Civil Veterinary Department ledger series I-VI
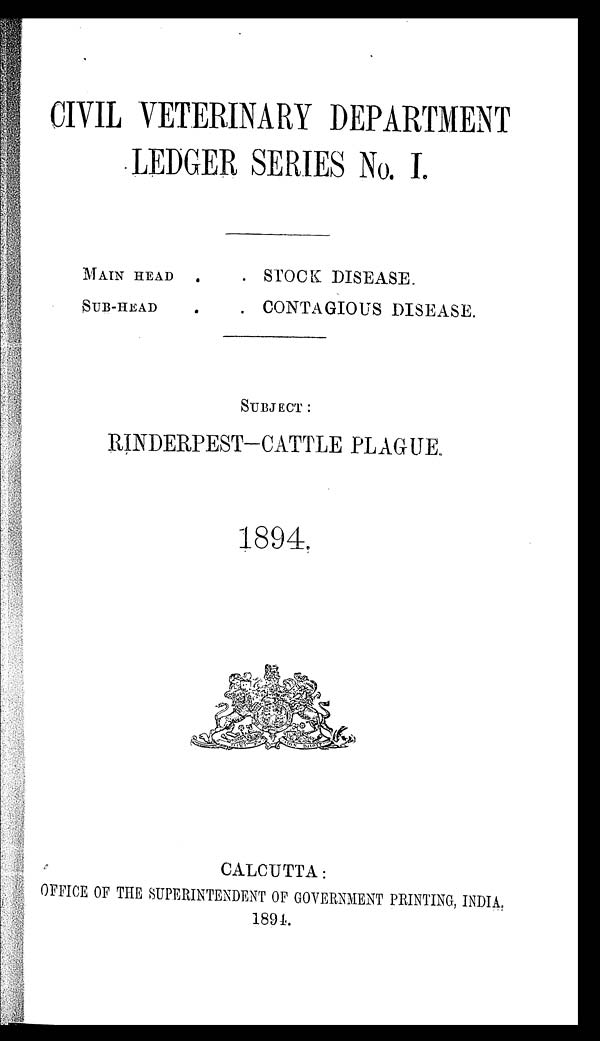
CIVIL VETERINARY DEPARTMENT
LEDGER SERIES No. I.
MAIN HEAD
SUB-HEAD
. STOCK DISEASE
. CONTAGIOUS DISEASE.
SUBJECT:
RINDERPEST-CATTLE PLAGUE
1894.
CALCUTTA:
OFFICE OF THE SUPERINTENDENT OF GOVERNMENT PRINTING, INDIA.
1894.